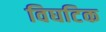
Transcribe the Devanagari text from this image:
विघटिक